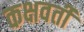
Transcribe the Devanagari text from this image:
कक्षवर्ती